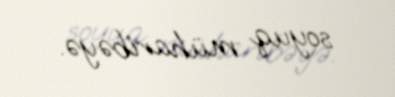
soyuq müharibəyə.